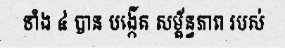
ទាំង ៤ បាន បង្កើត សម្ព័ន្ធភាព របស់